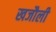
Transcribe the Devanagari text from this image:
खजौली